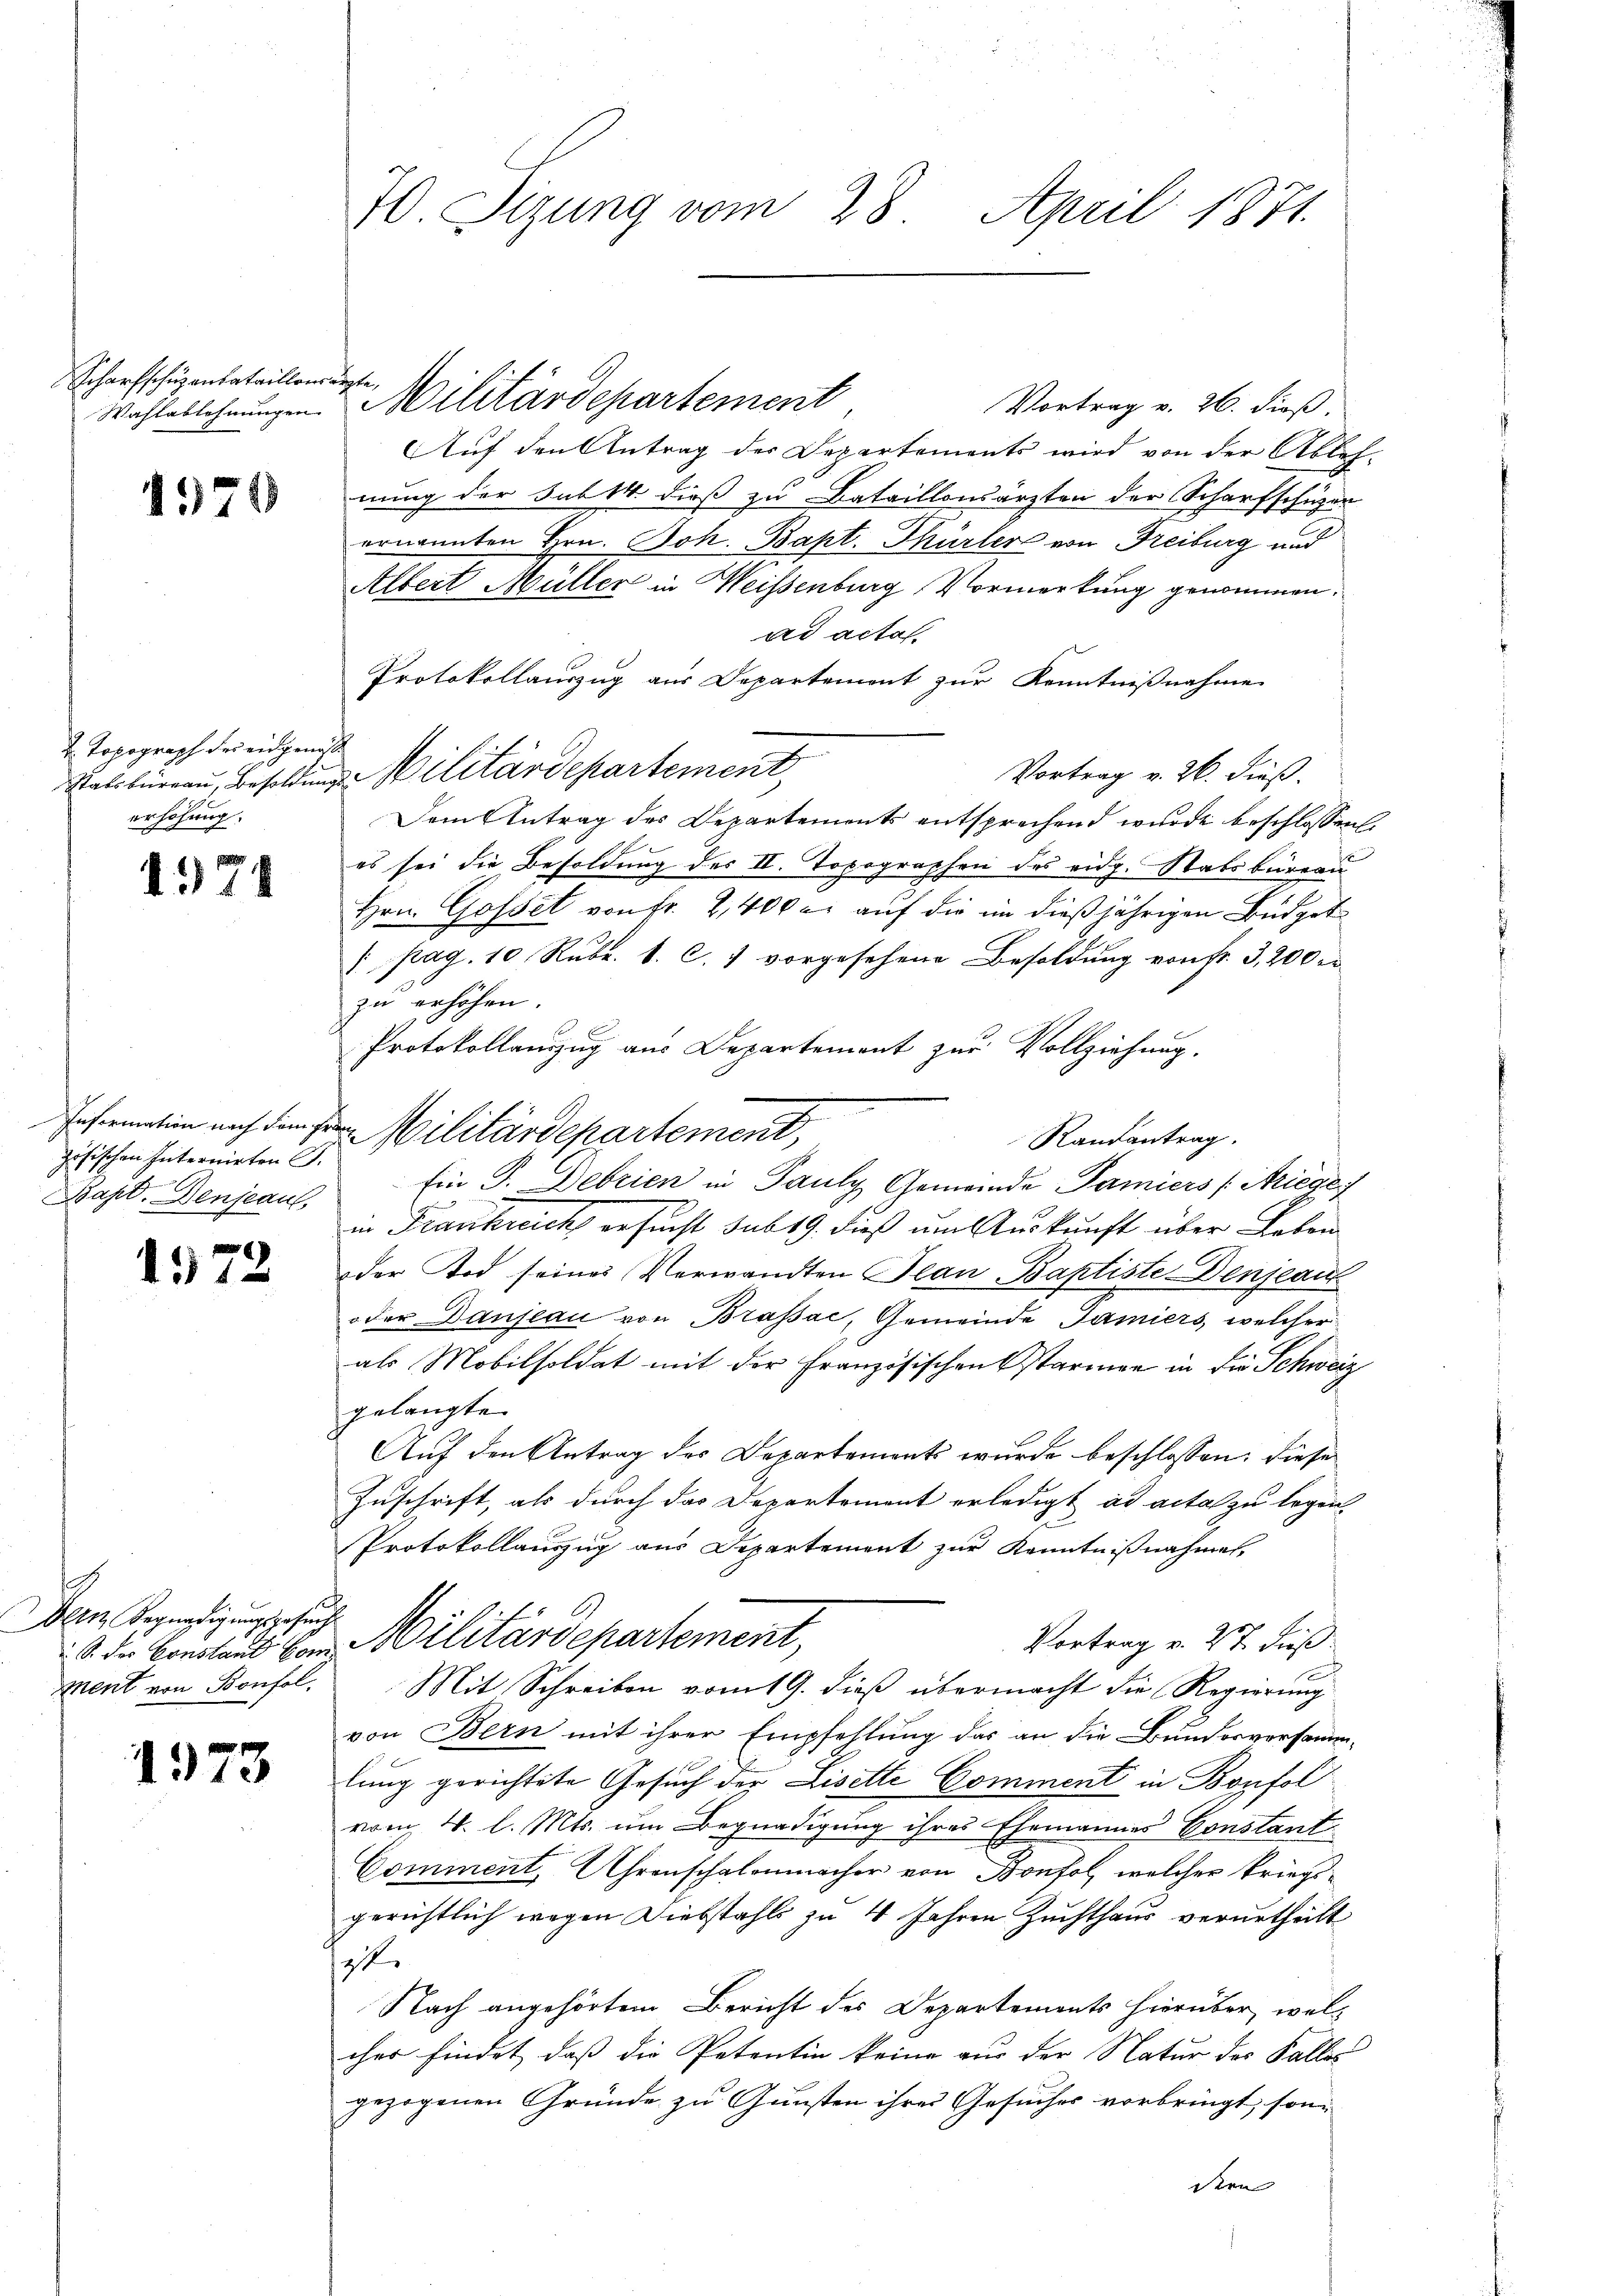
Scharfschuzanbataillon

1574

2. Topograph des eidgenöß
erhöhung.

1974

Fischen Internirten S.
Es
Bapt. Denjeau,

1572

Dein Begnadigungsgesuch
Mment von Bonfol

1973

70 Sizung vom 28. April 1871.

aute
Vortrag v. 26. dieß.
Auf den Antrag der Departements wird von der Ableh-
nung der Sub 14 dieß zu Bataillonsärzten der Scharfschüzen
ernannten Hrn. Joh. Bapt. Thürler von Freiburg und
Albert Müller in Weisenburg, Vormerkung genommen.
ad acta.
Protokollauszug aus Departement zur Kenntnißnahme
Vortrag v. 26. dieß.
Satsbüreau, Besoldung Militärdepartement
Dem Antrag des Departements entsprechend wurde beschlossen:
es sei die Besoldung des II. Topographen des eidg. Stabsbureau
Hrn. Gossel von Fr. 2,400 c. auf die im dießjährigen Büdget¬
1 pag. 10 Rubr. 1. c. 7 vorgesehene Besoldung von fr. 3,200 r
zu erhöhen.
Protokollanzug aus Departement zur Vollziehung.
Randantrag.
Ein P. Debrien in Pauly Gemeinde Famiers (Ariege
in Frankreich ersucht sub 19. dieß um Auskunft über Leben
der Tod seines Verwandten Plan Baptiste Denseai
oder Danseau von Brassac, Gemeinde Jamiers, welcher
als Mobilsoldat mit der Französischen starmen in die Schweiz
gelangte
Auf den Antrag des Departements wurde beschlossen: diese
Zuschrift, als durch das Departement erledigt ad acta zu legen.
Protokollauszug aus Departement zur Kenntnißnahmes
Vortrag v. 27. dieß
S. der Consland vom Militärdepartement,
Mit Schreiben vom 19. dieß übermacht die Regierung
von Bern mit ihrer Empfehlung das an die Bundesversamm-
lung gerichtete Gesuch der Lisette Comment in Bonfol
vom 4. l. Mts. um Begnadigung ihres Ehemannes Constant
Comment, Uhrenschalenmacher von Bonfol, welcher kriegsgerichtlich wegen Diebstahls zu 4 Jahren Zuchthaus verurtheilt
t
Nach angehörtem Bericht des Departements hierüber, wels
cher findet, daß die Petentin keine aus der Natur der Falles
gezogenen Gründe zu Gunsten ihres Gesuches vorbringt, sondern |

Wahlablehnungen. Militärdepartement

Information nach der Militärdepartement,